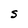
Character: S